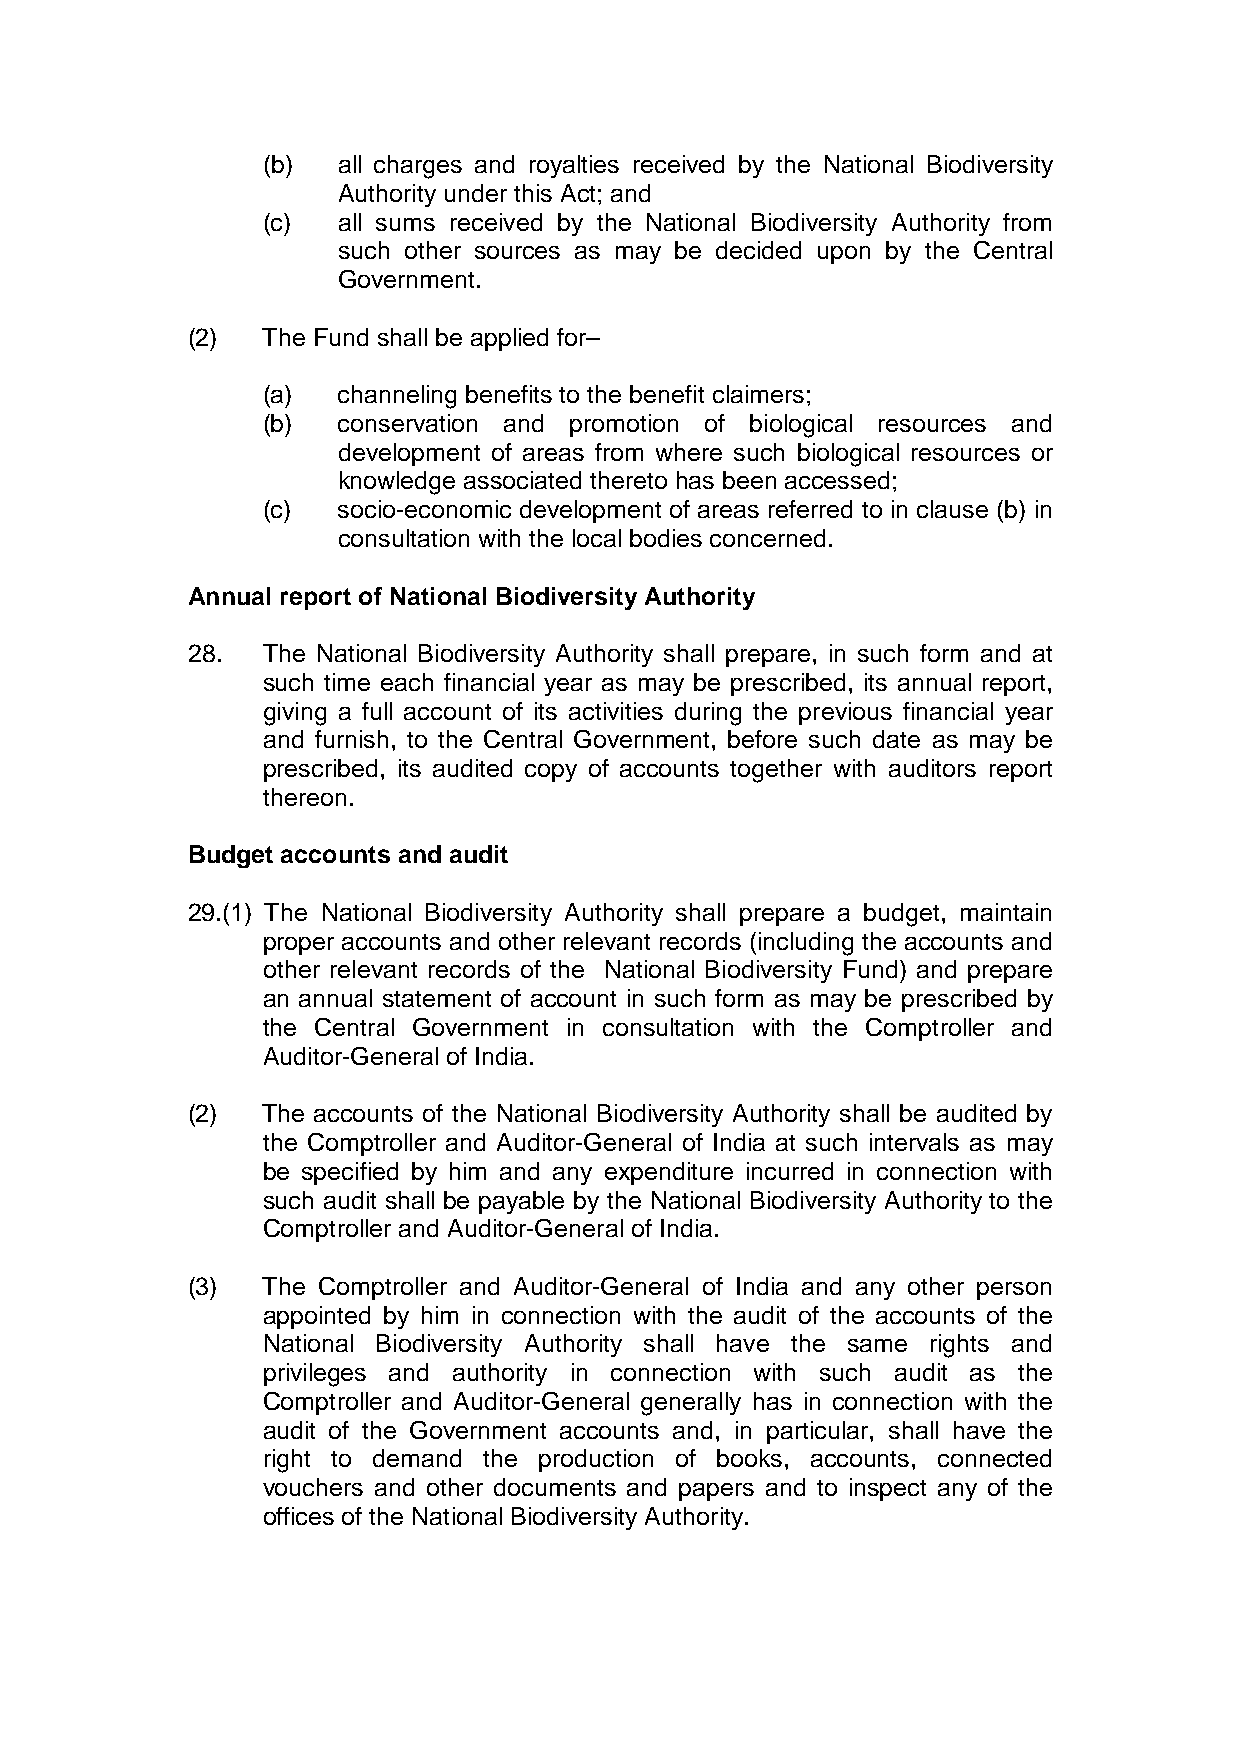
(b)  all charges and royalties received by the National Biodiversity
 Authority under this Act; and
 (c)  all sums received by the National Biodiversity Authority from
 such other sources as may be decided upon by the Central
 Government.
 (2)  The Fund shall be applied for–
 (a)  channeling benefits to the benefit claimers;
 (b)  conservation and promotion of biological resources and
 development of areas from where such biological resources or
 knowledge associated thereto has been accessed;
 (c)  socio-economic development of areas referred to in clause (b) in
 consultation with the local bodies concerned.
 Annual report of National Biodiversity Authority
 28.  The National Biodiversity Authority shall prepare, in such form and at
 such time each financial year as may be prescribed, its annual report,
 giving a full account of its activities during the previous financial year
 and furnish, to the Central Government, before such date as may be
 prescribed, its audited copy of accounts together with auditors report
 thereon.
 Budget accounts and audit
 29.(1) The National Biodiversity Authority shall prepare a budget, maintain
 proper accounts and other relevant records (including the accounts and
 other relevant records of the National Biodiversity Fund) and prepare
 an annual statement of account in such form as may be prescribed by
 the Central Government in consultation with the Comptroller and
 Auditor-General of India.
 (2)  The accounts of the National Biodiversity Authority shall be audited by
 the Comptroller and Auditor-General of India at such intervals as may
 be specified by him and any expenditure incurred in connection with
 such audit shall be payable by the National Biodiversity Authority to the
 Comptroller and Auditor-General of India.
 (3)  The Comptroller and Auditor-General of India and any other person
 appointed by him in connection with the audit of the accounts of the
 National Biodiversity Authority shall have the same rights and
 privileges and authority in connection with such audit as the
 Comptroller and Auditor-General generally has in connection with the
 audit of the Government accounts and, in particular, shall have the
 right to demand the production of books, accounts, connected
 vouchers and other documents and papers and to inspect any of the
 offices of the National Biodiversity Authority.